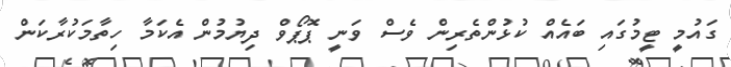
ގައުމީ ޓީމުގައި ބައެއް ކުޅުންތެރިން ވެސް ވަނީ ޕޮޕޯވް ދިޔުމުން އެކަމާ ހިތާމަކުރާކަން